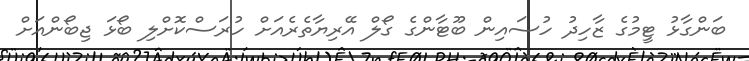
ބަންގާޅު ޓީމުގެ ޒާހިދު ހުސައިން ބޫޓާންގެ ގޯލް އޭރިޔާތެރެއަށް ހުރަސްކޮށްލި ބޯޅަ ޖިބޯންއަށް